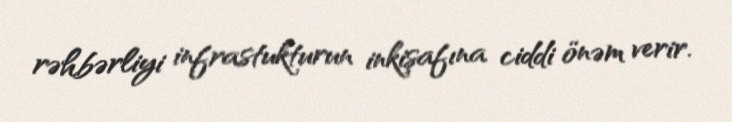
rəhbərliyi infrastukturun inkişafına ciddi önəm verir.